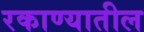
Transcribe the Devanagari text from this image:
रकाण्यातील